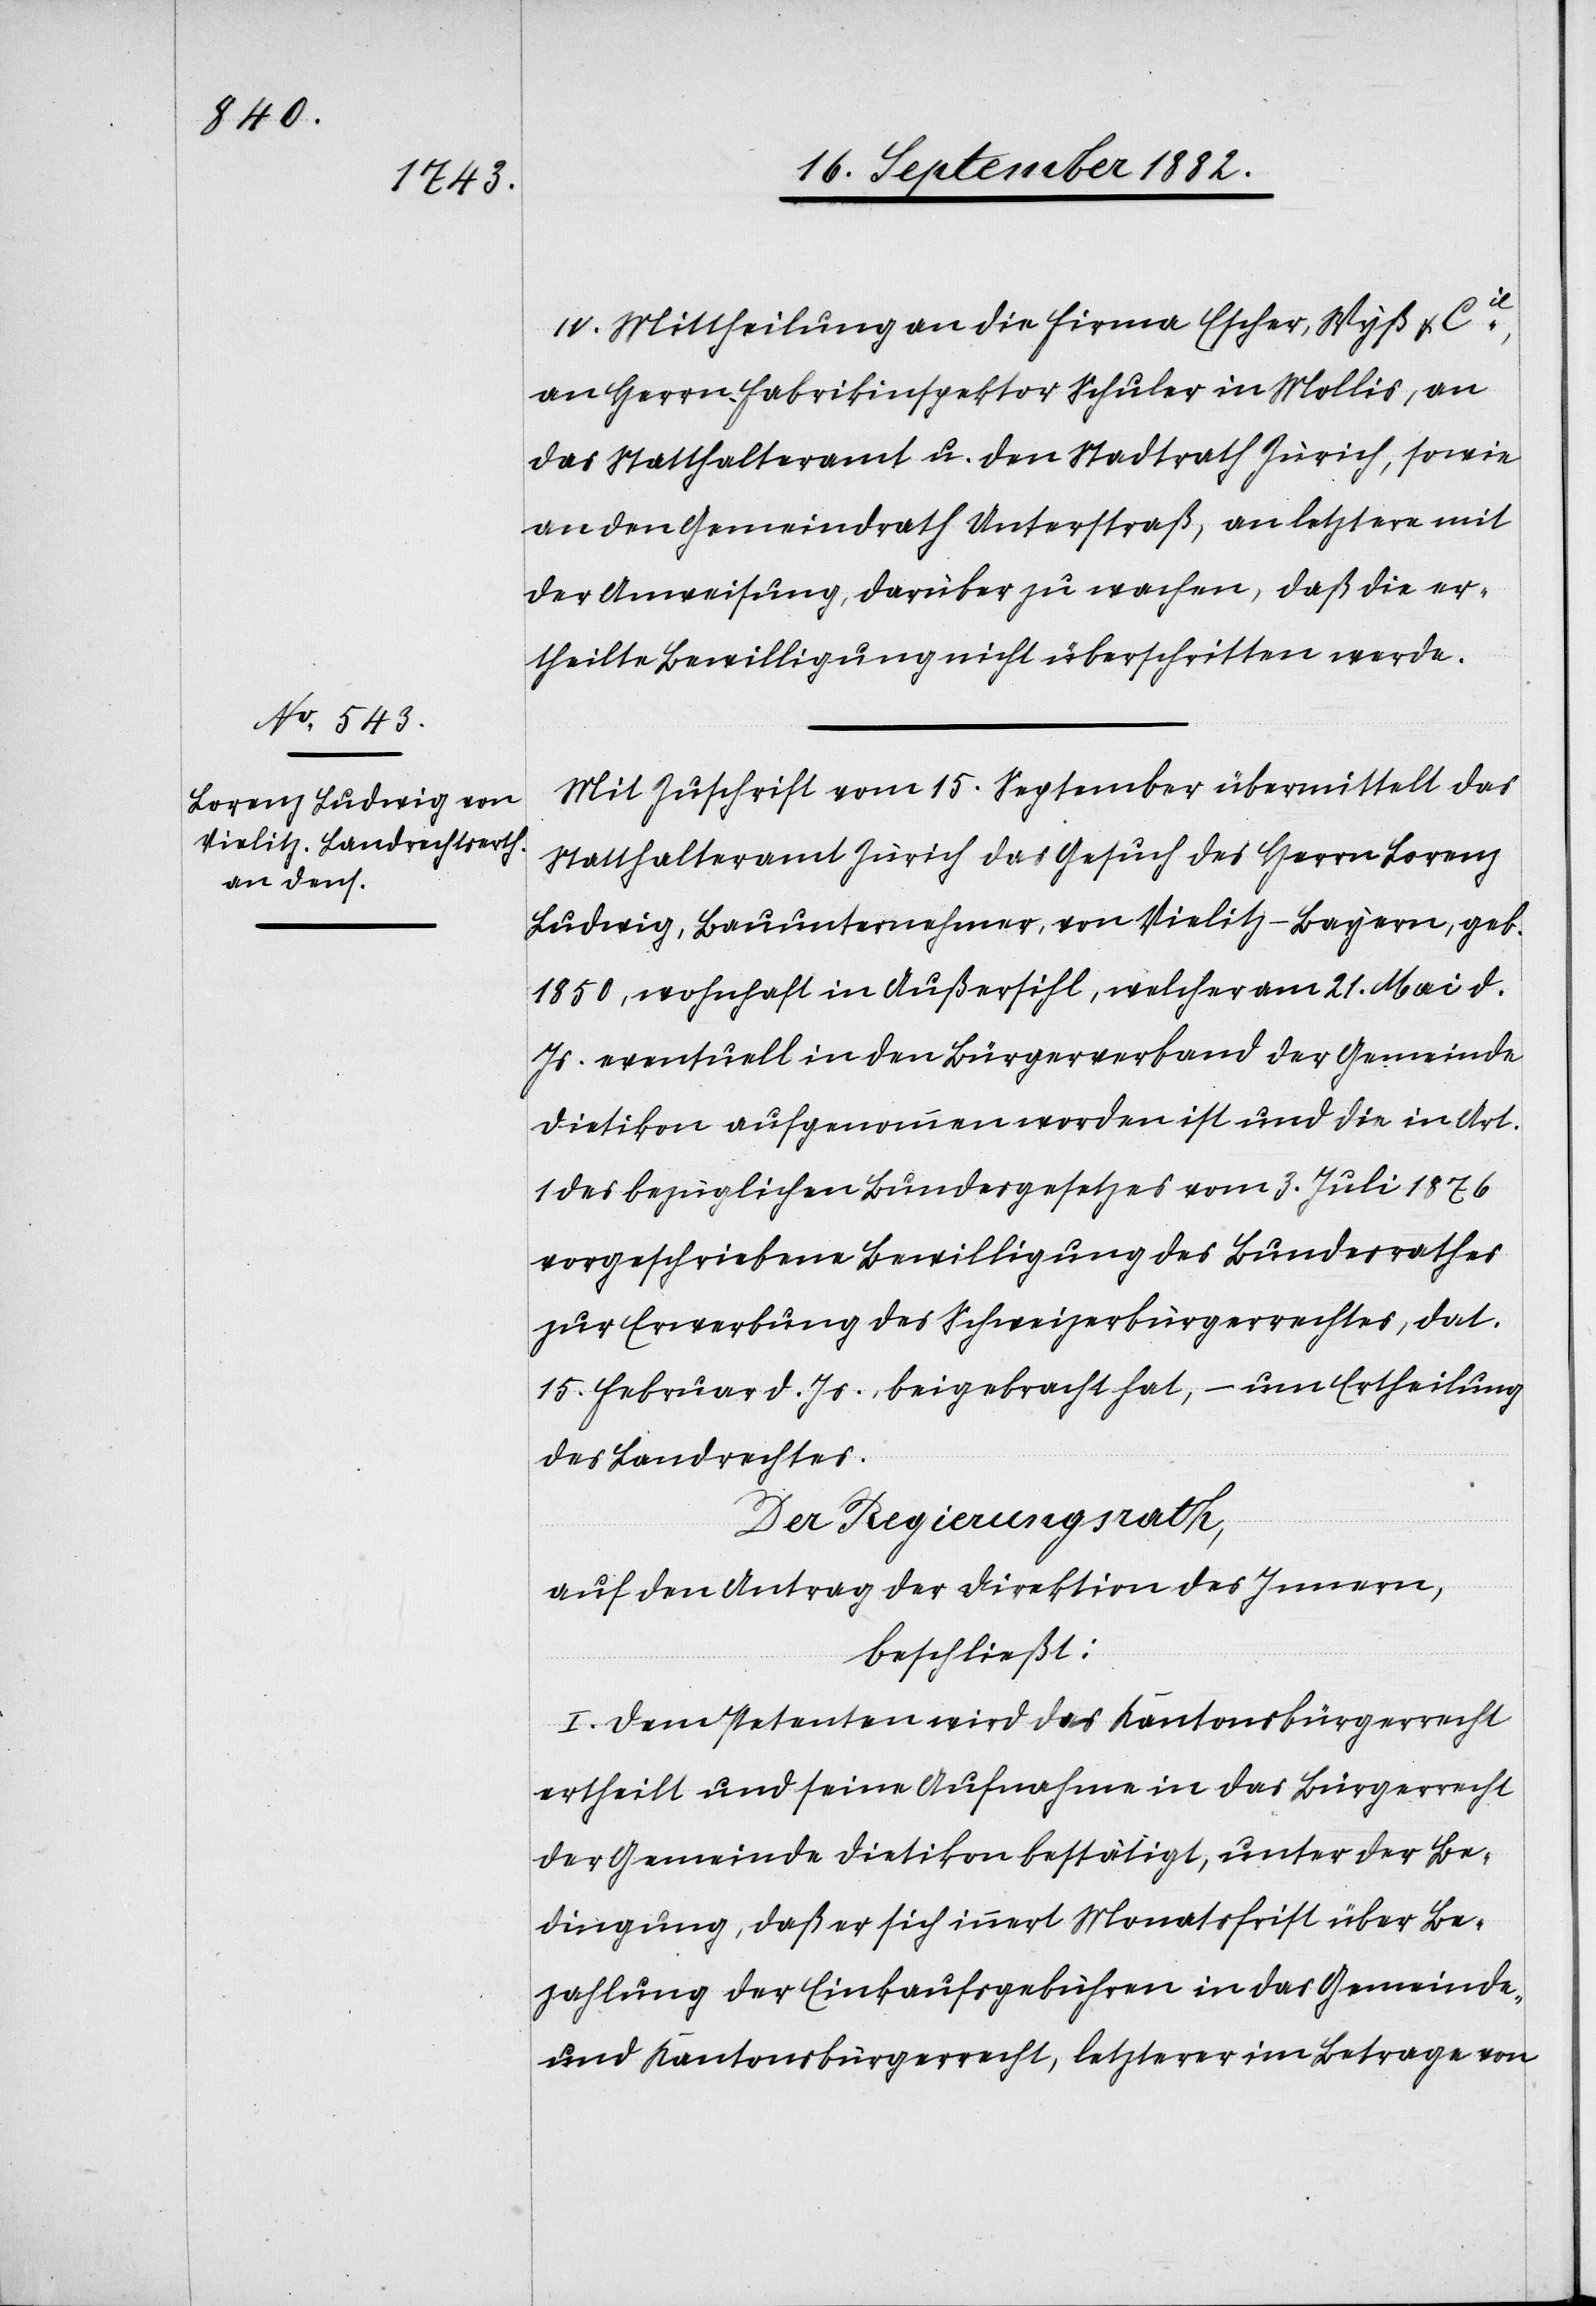
IV. Mittheilung an die Firma Escher, Wyß & Cie
an, Herrn Fabrikinspektor Schuler in Mollis, an
das Statthalteramt u. den Stadtrath Zürich, sowie
an den Gemeindrath Unterstraß, an letztere mit
der Anweisung, darüber zu wachen, daß die er¬
theilte Bewilligung nicht überschritten werde.
Mit Zuschrift vom 15. September übermittelt das
Statthalteramt Zürich das Gesuch des Herrn Lorenz
Ludwig, Bauunternehmer, von Vielitz - Bayern, geb.
1850, wohnhaft in Außersihl, welcher am 21. Mai d.
Js. eventuell in den Bürgerverband der Gemeinde
Dietikon aufgenommen worden ist und die in Art.
1 des bezüglichen Bundesgesetzes vom 3. Juli 1876
vorgeschriebene Bewilligung des Bundesrathes
zur Erwerbung des Schweizerbürgerrechtes, dat.
15. Februar d. Js., beigebracht hat, – um Ertheilung
des Landrechtes.
Der Regierungsrath,
auf den Antrag der Direktion des Innern,
beschließt:
I. Dem Petenten wird das Kantonsbürgerrecht
ertheilt und seine Aufnahme in das Bürgerrecht
der Gemeinde Dietikon bestätigt, unter der Be¬
dingung, daß er sich innert Monatsfrist über Be¬
zahlung der Einkaufsgebühren in das Gemeinde
und Kantonsbürgerrecht, letztere im Betrage von